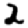
Digit: 2